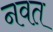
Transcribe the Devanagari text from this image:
नवत